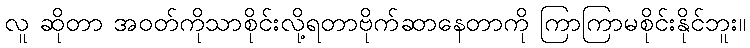
လူ ဆိုတာ အဝတ်ကိုသာစိုင်းလို့ရတာဗိုက်ဆာနေတာကို ကြာကြာမစိုင်းနိုင်ဘူး။